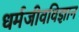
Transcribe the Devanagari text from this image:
धर्मजीवविज्ञान